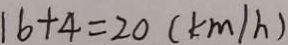
1 6 + 4 = 2 0 ( k m / h )